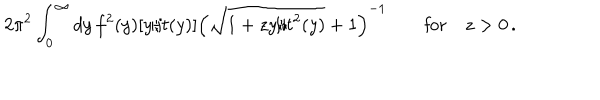
2 \pi ^ { 2 } \int _ { 0 } ^ { \infty } d y \, f ^ { 2 } ( y ) [ y / t ( y ) ] \left( \sqrt { 1 + z y / t ^ { 2 } ( y ) } + 1 \right) ^ { - 1 } \qquad \mathrm { f o r } \quad z > 0 \, .